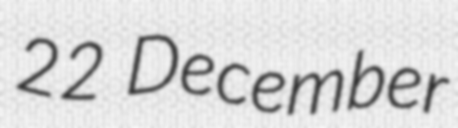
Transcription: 22 December